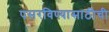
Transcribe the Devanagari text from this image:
पसरविण्यासाठीची